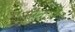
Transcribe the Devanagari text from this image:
प्रेमानें